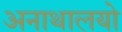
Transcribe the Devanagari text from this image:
अनाथालयो